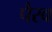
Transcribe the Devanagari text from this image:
पैरव